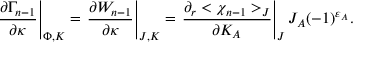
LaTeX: \left. { \frac { \partial \Gamma _ { n - 1 } } { \partial \kappa } } \right| _ { \Phi , K } = \left. { \frac { \partial W _ { n - 1 } } { \partial \kappa } } \right| _ { J , K } = \left. { \frac { \partial _ { r } < \chi _ { n - 1 } > _ { J } } { \partial K _ { A } } } \right| _ { J } J _ { A } ( - 1 ) ^ { \varepsilon _ { A } } .